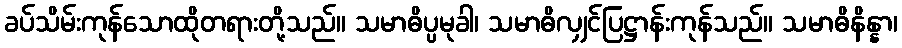
ခပ်သိမ်းကုန်သောထိုတရားတို့သည်။ သမာဓိပ္ပမုခါ၊ သမာဓိလျှင်ပြဋ္ဌာန်းကုန်သည်။ သမာဓိနိန္နာ၊